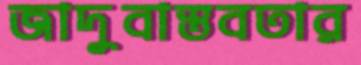
জাদুবাস্তবতার